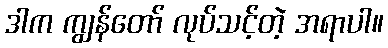
ဒါက ကျွန်တော် လုပ်သင့်တဲ့ အရာပါ။